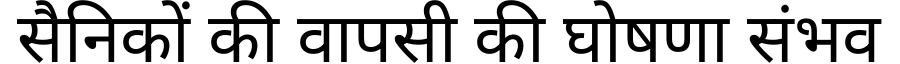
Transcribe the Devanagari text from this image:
सैनिकों की वापसी की घोषणा संभव